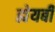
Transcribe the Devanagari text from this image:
ह्येयबी